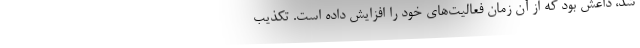
شد، داعش بود که از آن زمان فعالیت‌های خود را افزایش داده است. تکذیب